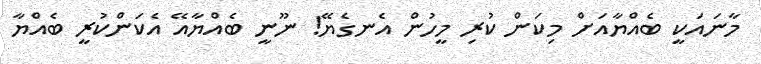
މާނައަކީ ބެއްޔާއަށް މިކަން ކުރި މީހުން އެނގެޔޭ! ނޫނީ ބެއްޔާއޭ އެކަންކުރީ ބެއްޔާ